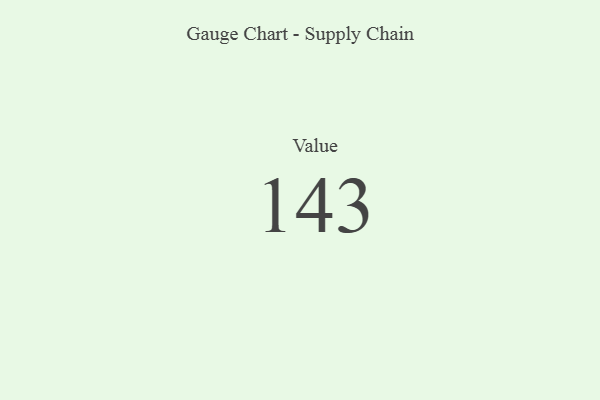
{"axis": {"x": "Metric", "y": "Value"}, "legend": [""], "data": [{"x": "Value", "y": 143, "type": ""}]}